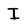
Character: I